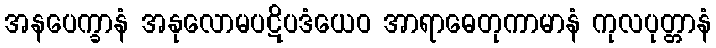
အနပေက္ခာနံ အနုလောမပဋိပဒံယေဝ အာရာဓေတုကာမာနံ ကုလပုတ္တာနံ